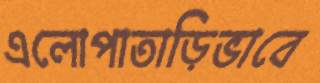
এলোপাতাড়িভাবে